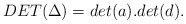
\begin{align*}DET(\Delta) = det(a) . det(d) . \end{align*}